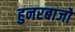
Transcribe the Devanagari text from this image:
हुनरबाजो